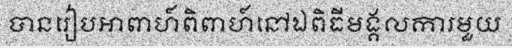
បានរៀបអាពាហ៍ពិពាហ៍នៅឯពិធីមង្គលការមួយ